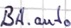
Text: BA.auto